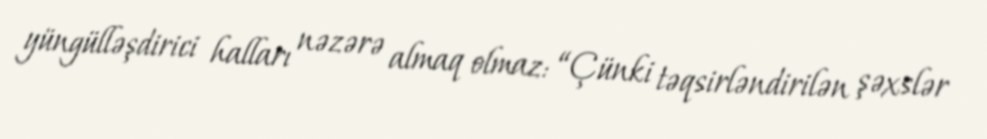
yüngülləşdirici halları nəzərə almaq olmaz: “Çünki təqsirləndirilən şəxslər